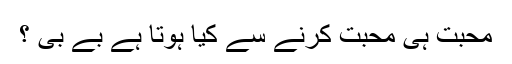
محبت ہی محبت کرنے سے کیا ہوتا ہے بے بی ؟